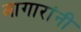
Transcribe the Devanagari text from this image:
आगारांनी